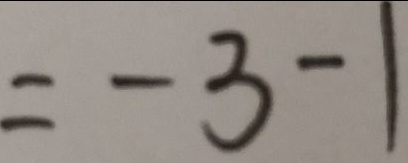
= - 3 - 1